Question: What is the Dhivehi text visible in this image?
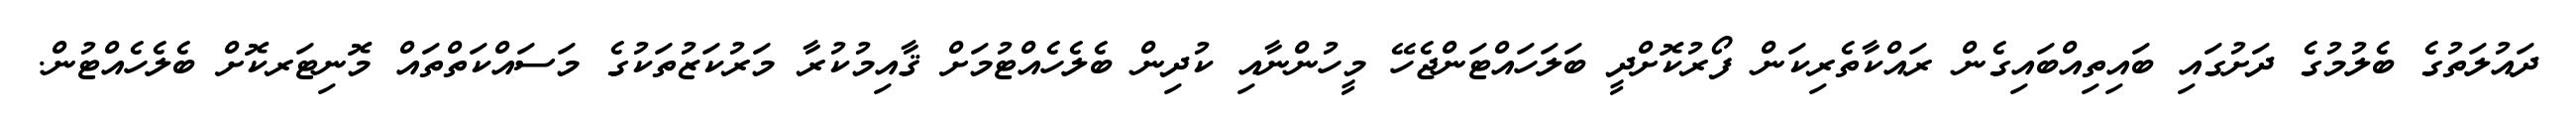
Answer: ދައުލަތުގެ ބެލުމުގެ ދަށުގައި ބައިތިއްބައިގެން ރައްކާތެރިކަން ފޯރުކޮށްދީ ބަލަހައްޓަންޖެހޭ މީހުންނާއި ކުދިން ބެލެހެއްޓުމަށް ޤާއިމުކުރާ މަރުކަޒުތަކުގެ މަސައްކަތްތައް މޮނިޓަރކޮށް ބެލެހެއްޓުން.